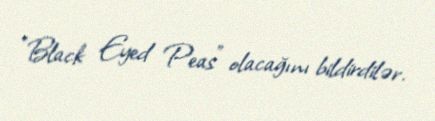
"Black Eyed Peas" olacağını bildirdilər.